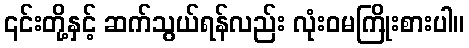
၎င်းတို့နှင့် ဆက်သွယ်ရန်လည်း လုံးဝမကြိုးစားပါ။